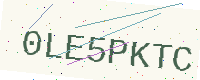
Text: 0LE5PKTC